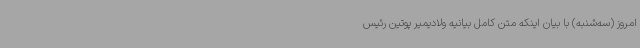
امروز (سه‌شنبه) با بیان اینکه متن کامل بیانیه ولادیمیر پوتین رئیس